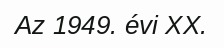
Az 1949. évi XX.